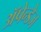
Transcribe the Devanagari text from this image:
अॅपेन्डेज